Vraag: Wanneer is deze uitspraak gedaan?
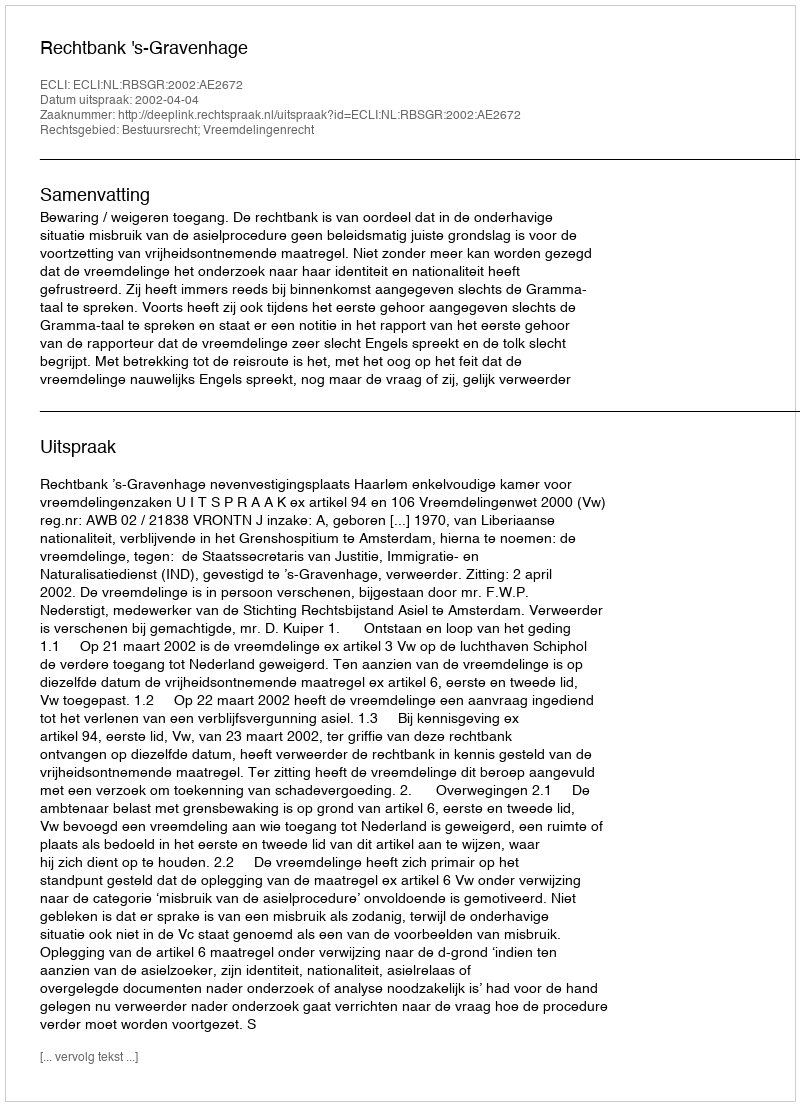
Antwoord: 2002-04-04